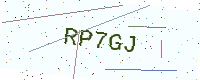
Text: RP7GJ